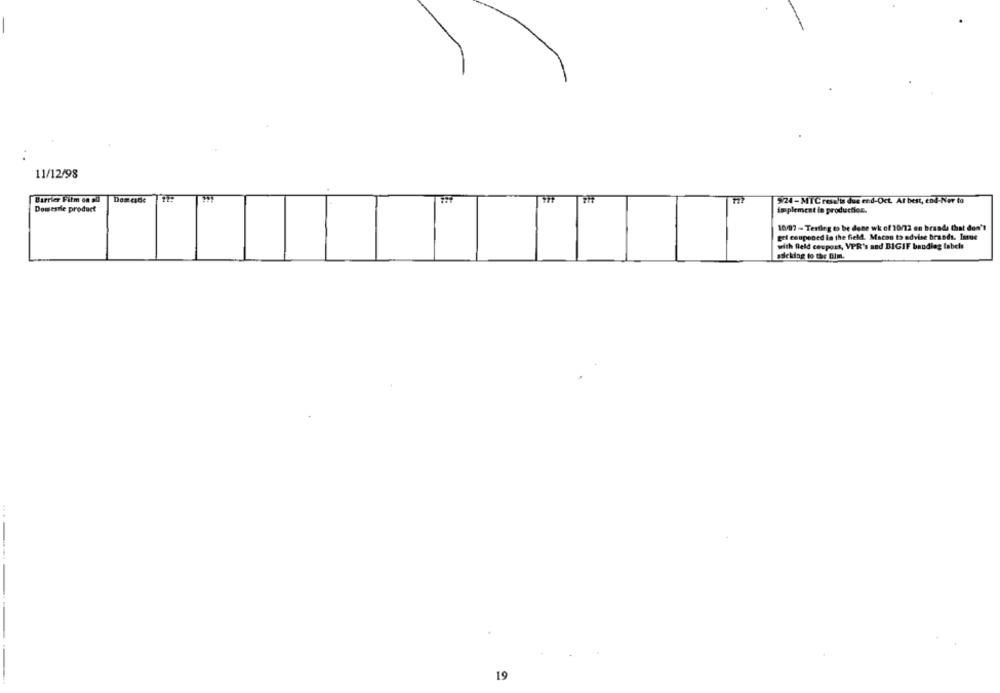
11/12/98
Barrier Film on sü
9/24-MTC resolis due end-Oct Af best, end-Ner to
Domesile product
implemest le production.
10/07 - Testing to be done wk of 10/72 en braads that don't
get couponed in the field. Macon to advise brands. Inmue
with field coupons, VPR's and BIGIF bandiag labels
ascking to the Bim.
19